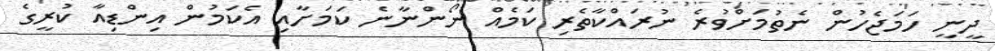
ދީނީ ހަމަޖެހުން ނެތުމަށްވުރެ ނުރައްކާތެރި ކަމެއް ނޯންނާނެ ކަމަށާއި އެކަމުން އިންޑިއާ ކުރީގެ